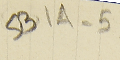
SB1A-5